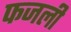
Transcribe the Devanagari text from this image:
फजली